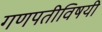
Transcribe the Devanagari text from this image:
गणपतीविषयी